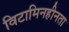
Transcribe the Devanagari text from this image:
विटामिनहीनता